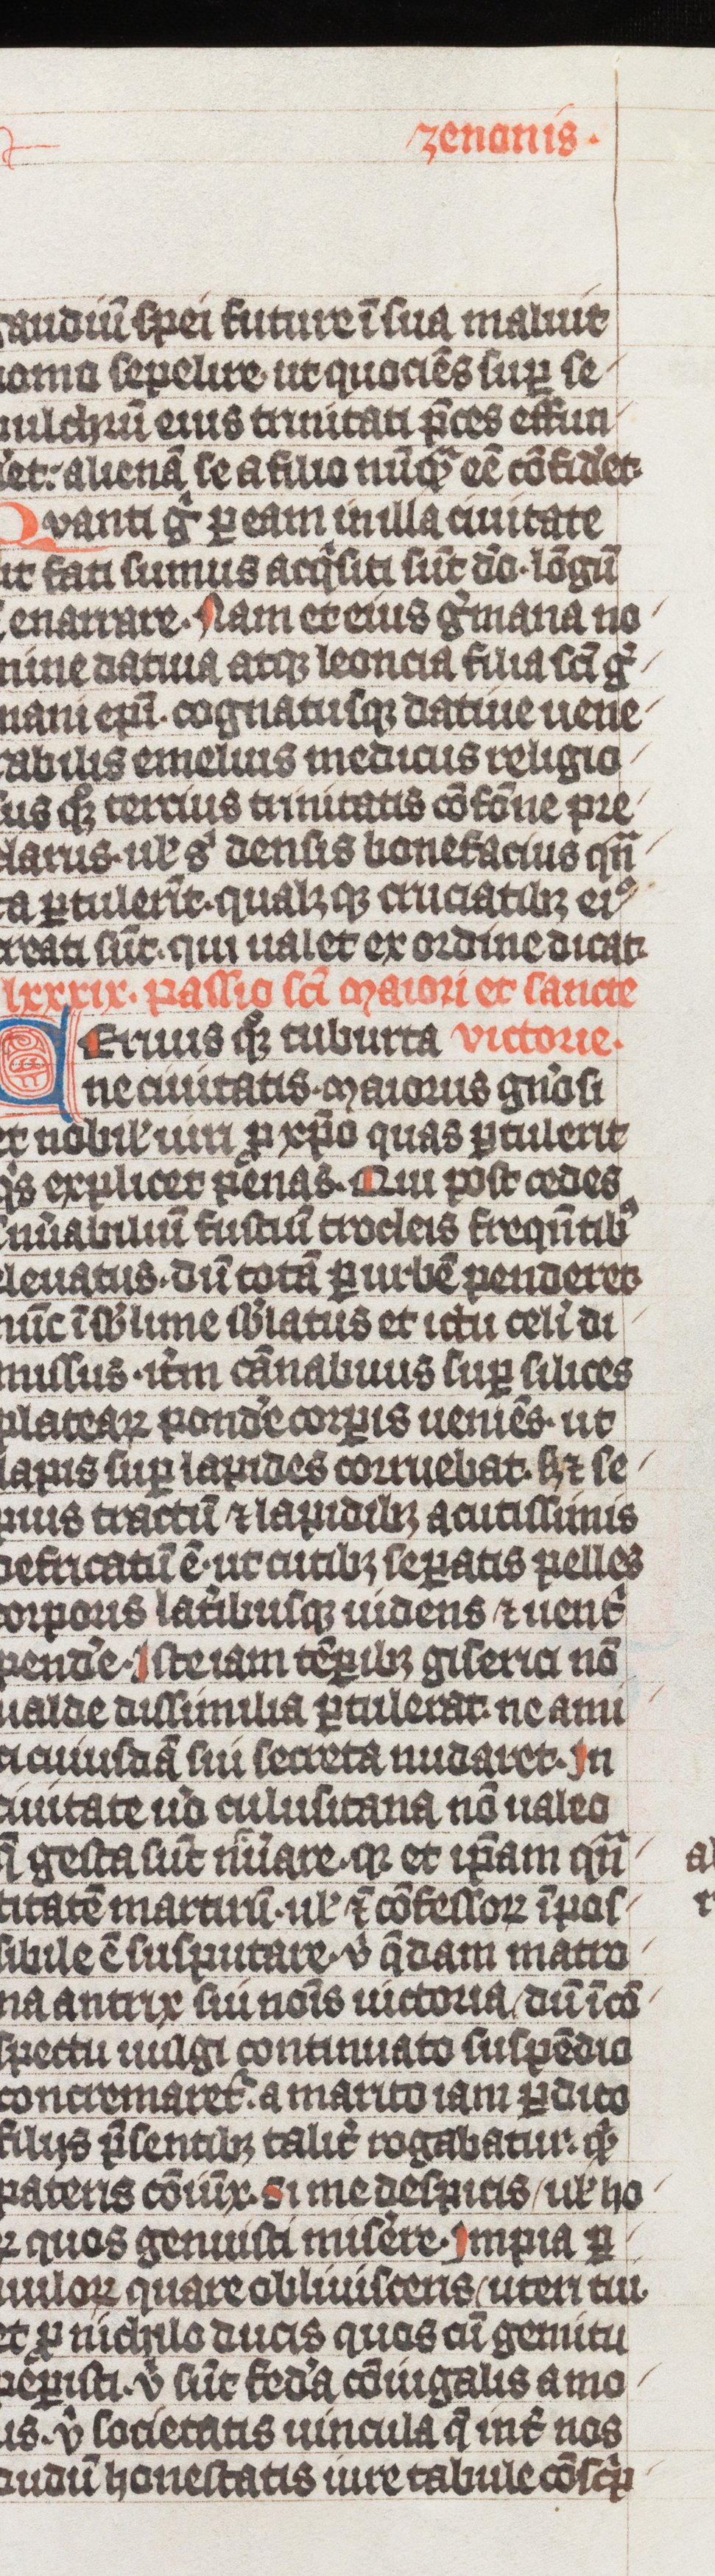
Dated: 1338–1340